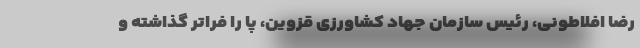
رضا افلاطونی، رئیس سازمان جهاد کشاورزی قزوین، پا را فراتر گذاشته و